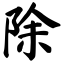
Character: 除